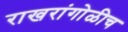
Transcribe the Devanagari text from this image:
राखरांगोळीच